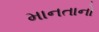
માનતાનો